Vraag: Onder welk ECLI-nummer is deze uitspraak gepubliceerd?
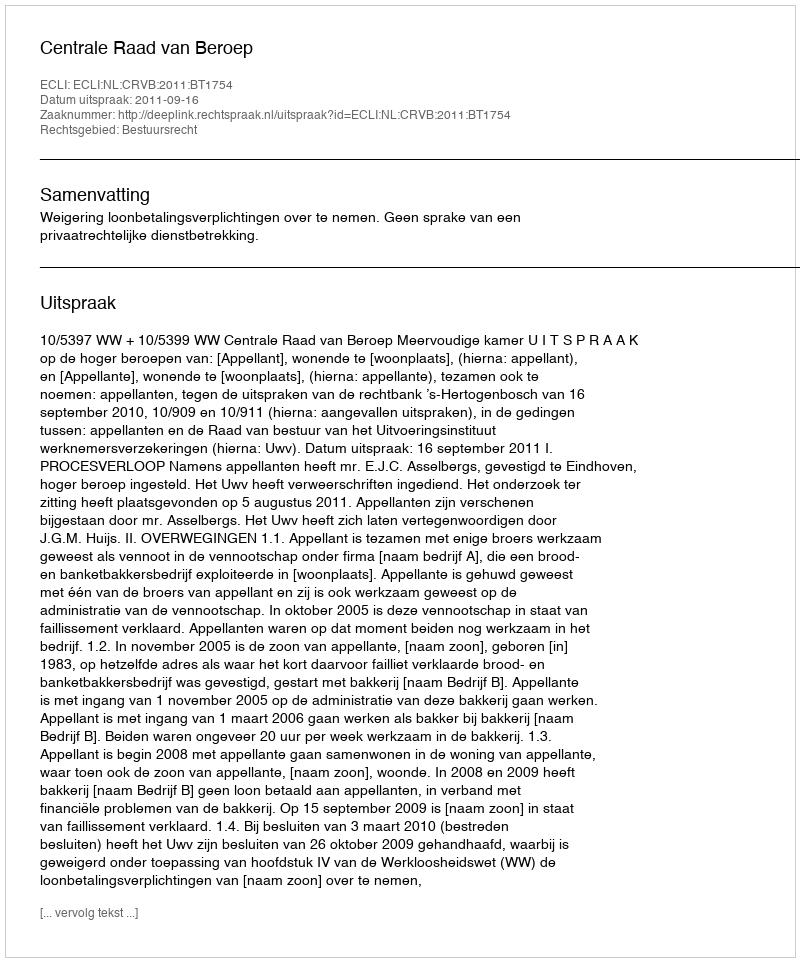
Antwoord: ECLI:NL:CRVB:2011:BT1754